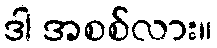
ဒါ အစစ်လား။